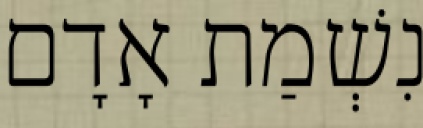
נִשְׁמַת אָדָם